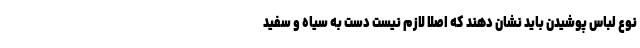
نوع لباس پوشیدن باید نشان دهند که اصلا لازم نیست دست به سیاه و سفید